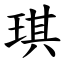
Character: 琪